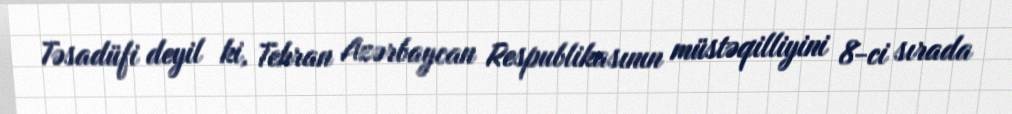
Təsadüfi deyil ki, Tehran Azərbaycan Respublikasının müstəqilliyini 8-ci sırada